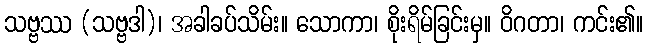
သဗ္ဗဿ (သဗ္ဗဒါ)၊ အခါခပ်သိမ်း။ သောကာ၊ စိုးရိမ်ခြင်းမှ။ ဝိဂတာ၊ ကင်း၏။